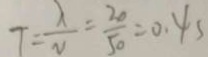
T = \frac { \lambda } { v } = \frac { 2 0 } { 5 0 } = 0 . 4 s